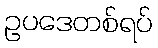
ဥပဒေတစ်ရပ်